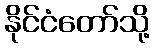
နိုင်ငံတော်သို့